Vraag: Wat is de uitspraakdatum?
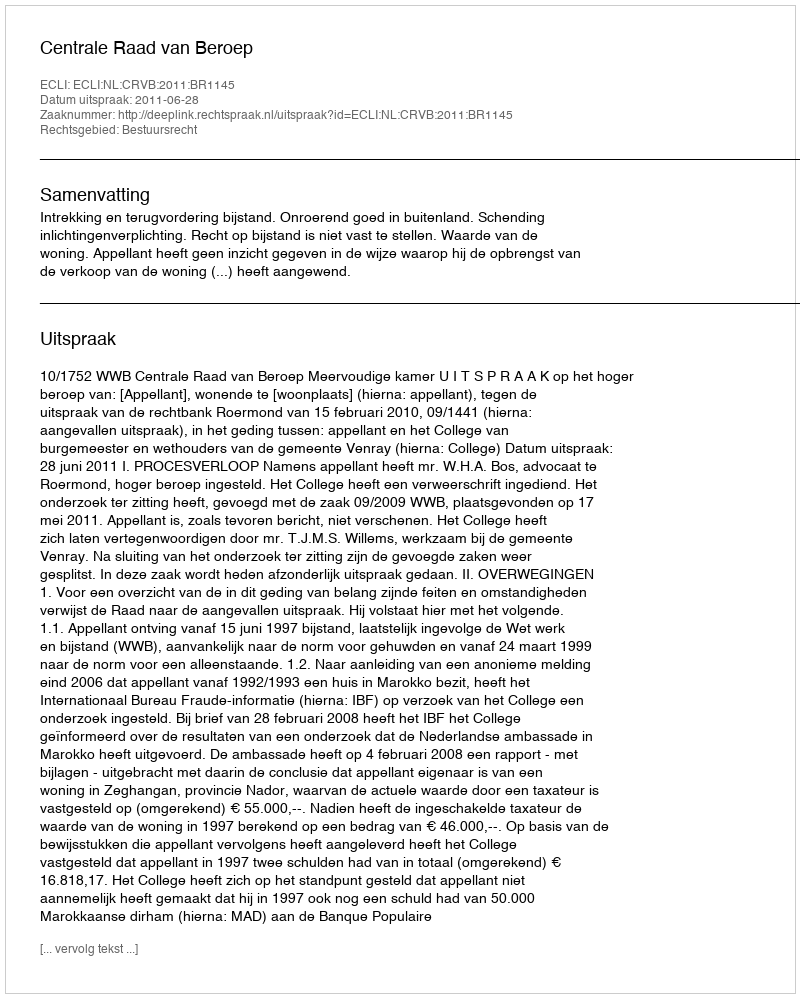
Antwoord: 2011-06-28